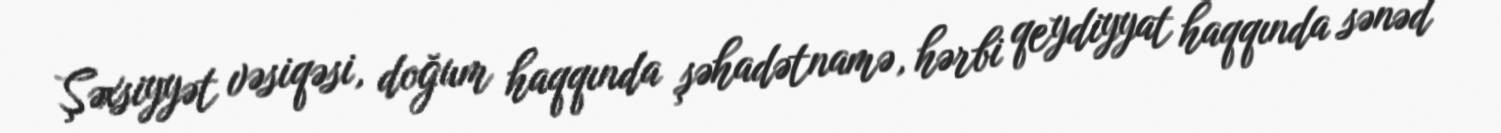
Şəxsiyyət vəsiqəsi, doğum haqqında şəhadətnamə, hərbi qeydiyyat haqqında sənəd